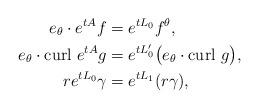
LaTeX: \begin{align*}e_{\theta}\cdot e^{t A}f&=e^{t L_0}f^{\theta}, \\e_{\theta}\cdot \textrm{curl}\ e^{tA}g&=e^{tL_{0}'}\big(e_{\theta}\cdot \textrm{curl}\ g \big), \\r e^{tL_0}\gamma &=e^{tL_1}(r\gamma), \end{align*}